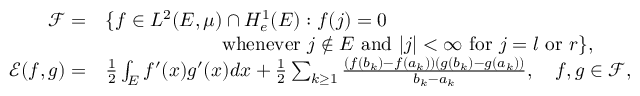
\begin{array} { r l } { { \mathscr F } = } & { \{ f \in L ^ { 2 } ( E , \mu ) \cap H _ { e } ^ { 1 } ( E ) : f ( j ) = 0 } \\ & { \qquad \qquad \qquad \mathrm { w h e n e v e r ~ } j \notin E \mathrm { ~ a n d ~ } | j | < \infty \mathrm { ~ f o r ~ } j = l \mathrm { ~ o r ~ } r \} , } \\ { { \mathscr E } ( f , g ) = } & { \frac { 1 } { 2 } \int _ { E } f ^ { \prime } ( x ) g ^ { \prime } ( x ) d x + \frac { 1 } { 2 } \sum _ { k \geq 1 } \frac { ( f ( b _ { k } ) - f ( a _ { k } ) ) ( g ( b _ { k } ) - g ( a _ { k } ) ) } { b _ { k } - a _ { k } } , \quad f , g \in { \mathscr F } , } \end{array}